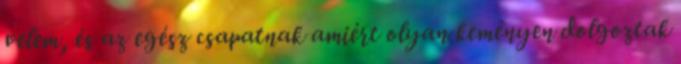
velem, és az egész csapatnak amiért olyan keményen dolgoztak